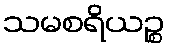
သမစရိယဉ္စ